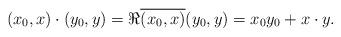
LaTeX: \begin{align*}(x_0, x) \cdot (y_0, y) = \Re \overline {(x_0, x)} (y_0, y) = x_0 y_0 + x \cdot y.\end{align*}